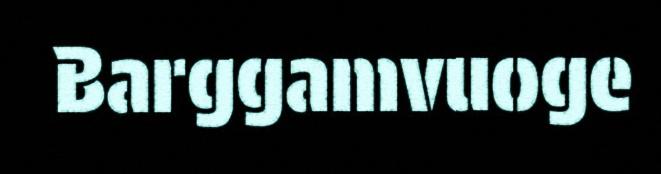
Barggamvuoge